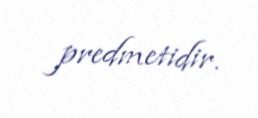
predmetidir.